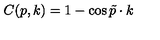
C ( p , k ) = 1 - \cos \tilde { p } \cdot k